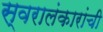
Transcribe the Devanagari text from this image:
स्वरालंकारांची